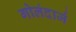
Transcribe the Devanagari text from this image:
गोलंदार्ज